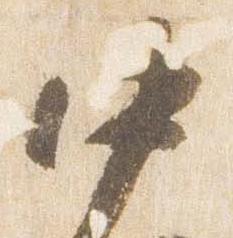
中